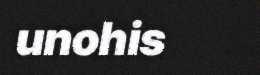
unohis